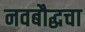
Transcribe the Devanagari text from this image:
नवबौद्धचा